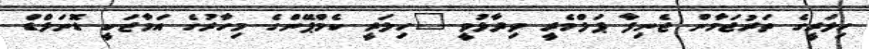
ހިލަރީގެ ތަރުޖަމާން ޖެނިފާ ޕަލްމެރީ ވިދާޅުވީ "ހިލަރީ ކެމްޕޭންގެ މިހާރުގެ އަމާޒަކީ ޑޮނަލްޑް